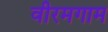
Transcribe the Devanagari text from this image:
वीरमगाम